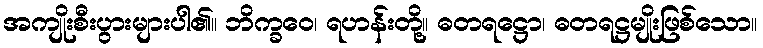
အကျိုးစီးပွားများပါ၏။ ဘိက္ခဝေ၊ ရဟန်းတို့။ ဓတရဋ္ဌော၊ ဓတရဋ္ဌမျိုးဖြစ်သော။